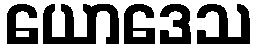
ယောဒေသ